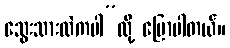
သွေးသားထဲကပါ”လို့ ပြောပါတယ်။